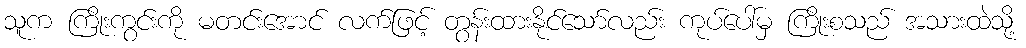
သူက ကြိုးကွင်းကို မတင်းအောင် လက်ဖြင့် တွန်းထားနိုင်သော်လည်း ကုပ်ပေါ်မှ ကြိုးစသည် အသားထဲသို့